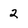
Character: 2